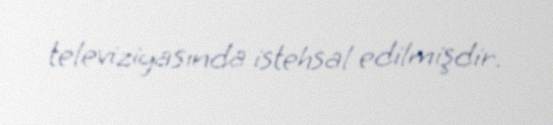
televiziyasında istehsal edilmişdir.